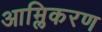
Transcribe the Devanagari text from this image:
आम्लिकरण